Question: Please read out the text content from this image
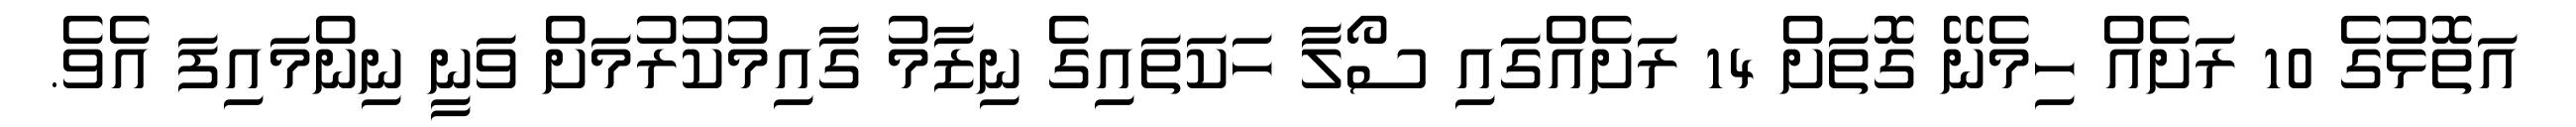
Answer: އަތޮޅުގެ 10 ރަށެއް ހިމެނޭ ގޮތަށް 14 ރަށެއްގައި ސޯލާ ހަކަތައިގެ ނިޒާމު ގާއިމުކުރުމަށް ވަނީ ނިންމައިފަ އެވެ.